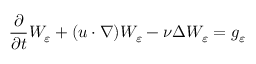
\frac { \partial } { \partial t } W _ { \varepsilon } + ( u \cdot \nabla ) W _ { \varepsilon } - \nu \Delta W _ { \varepsilon } = g _ { \varepsilon }